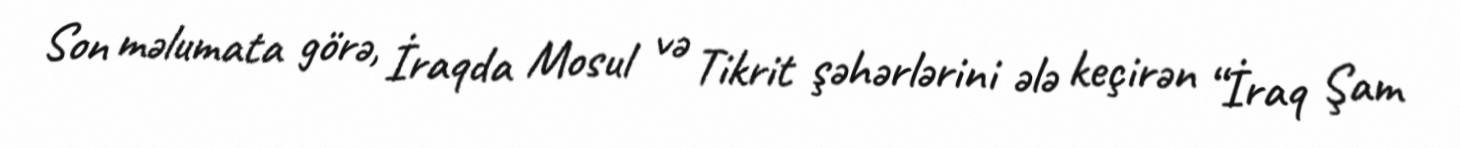
Son məlumata görə, İraqda Mosul və Tikrit şəhərlərini ələ keçirən “İraq Şam